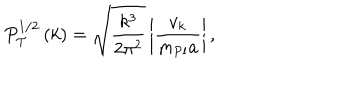
P _ { \cal T } ^ { 1 / 2 } \left( k \right) = \sqrt { \frac { k ^ { 3 } } { 2 \pi ^ { 2 } } } \left| { \frac { v _ { k } } { m _ { \mathrm { P l } } a } } \right| ,